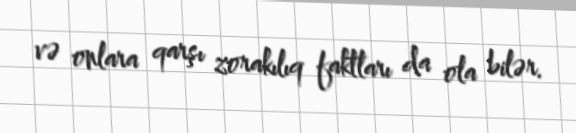
və onlara qarşı zorakılıq faktları da ola bilər.